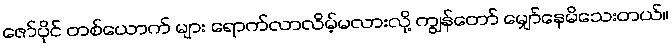
ဇော်ပိုင် တစ်ယောက် များ ရောက်လာလိမ့်မလားလို့ ကျွန်တော် မျှော်နေမိသေးတယ်။